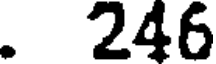
. 246